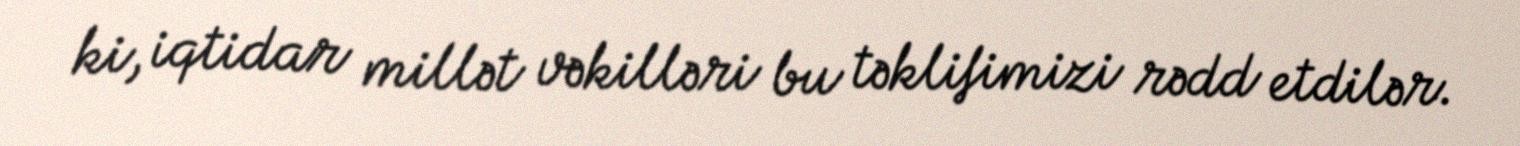
ki, iqtidar millət vəkilləri bu təklifimizi rədd etdilər.